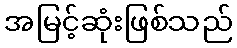
အမြင့်ဆုံးဖြစ်သည်